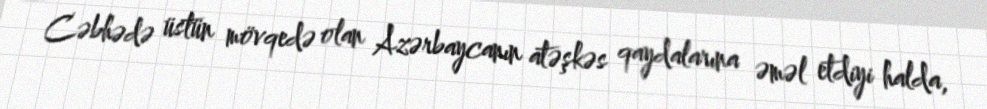
Cəbhədə üstün mövqedə olan Azərbaycanın atəşkəs qaydalarına əməl etdiyi halda,